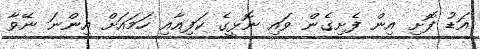
އަޑު ފޮށި އިން ފެށިގެން ވައި ނޮޅީގެ ކަފިއާއި ހަމައަށް އިންނަ ނޭވާ